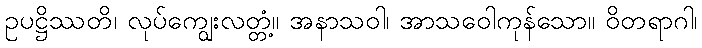
ဥပဋ္ဌိဿတိ၊ လုပ်ကျွေးလတ္တံ့။ အနာသဝါ၊ အာသဝေါကုန်သော။ ဝိတရာဂါ၊